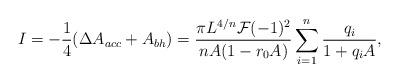
LaTeX: \begin{align*}I= -{1\over 4}(\Delta A_{acc} +A_{bh})={\pi L^{4/n}{\cal F}(-1)^2\over n A (1-r_0 A)}\sum_{i=1}^n {q_i\over 1+q_i A},\end{align*}